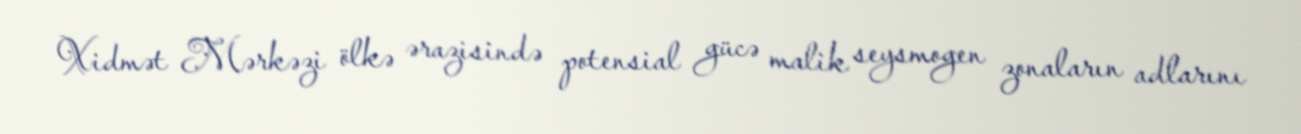
Xidmət Mərkəzi ölkə ərazisində potensial gücə malik seysmogen zonaların adlarını